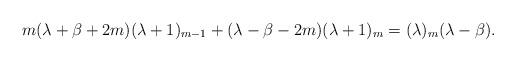
LaTeX: \begin{align*} m(\lambda+\beta+2m)(\lambda+1)_{m-1}+(\lambda-\beta-2m)(\lambda+1)_m=(\lambda)_m(\lambda-\beta). \end{align*}